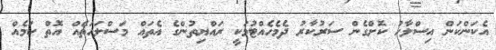
އެކަންކަން އިސްލާހު ކޮށްގެން ސަރުކާރު ދެމެހެއްޓުމަކީ ރައްޔިތުންގެ އެތައް މަސްލަހަތެއް އޮތް ކަމެއް